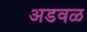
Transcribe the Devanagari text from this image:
अडवळ